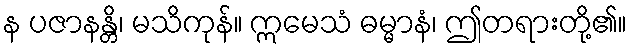
န ပဇာနန္တိ၊ မသိကုန်။ ဣမေသံ ဓမ္မာနံ၊ ဤတရားတို့၏။